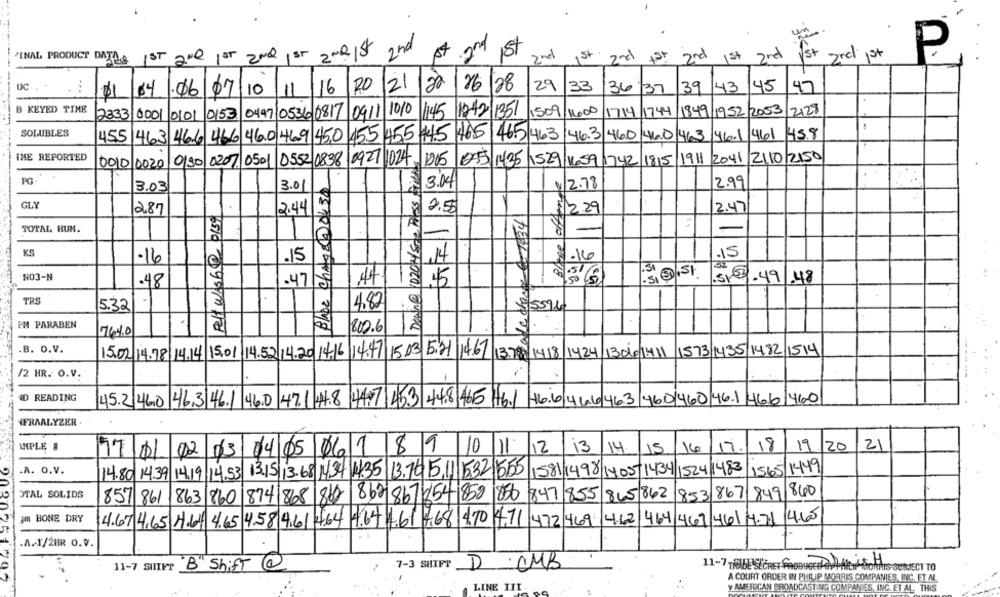
2NR15
1047
2nd
1st
2nd
St
FINAL PRODUCT DATA
ST
1ST
2Nd
sr
2nd
2nd
2nd
1 st
2nd 1st
P
0
UC . .
...
21
20
26
28
29
33
43
45
47
11/04
07
10
11
16
36 /37
39
.06
B KEYED TIME
0447/0536 0817 0911 1010
145
1509
11000
1714 1744
1849
1952/2053
2128
2333
0001
0101
0153
1242/1351
SOLUBLES
455 463 466 466 46.0 469 45,0 455 455 45 465
46.5/463
46.3
46.0 46.0 463 46.1 /411
4.5.8
IME REPORTED
is Down@1020w/sme Press fim
055 1425 1529 1659 742 1815 1911 2041 2110 2150
0010 0020 0130 0207 0501
0552 0838 0927 1024 1005
BLADE Chage@ 0430
PG.
2.99
3.03
3.0
3.04
42.78
GLY
Felt wish@ 0159
2.87
2.44
2.5
1/2.29
2.47
TOTAL HUM.
-
KS
.15
-16
.15
1.14
SIST
NO3-N
.48
.47/5
A4
32 6.49.48
TRS
5.32
4.82
5/55960
PM PARABEN
800.6
7640
.B. O.V.
15.02.14.78 14.14 15.01 14.52 14.20 14,16 14:47 15.03 5.21 14.67
13.78, 1418 1424 13066 1411 1573 1435 1482 1514
/2 HR. O.V.
ID READING
45.2 46.0 46.3 46.1 46.0 47.1 #8 447 453 44,8 465 46./ 16.6 46.6 463 460/460 46.1 46.6 460
FRAALYZER.
IMPLE #
18
19
20
21
0/3 04 05 06 1 89
1011
/12
13
14
15
16
17.
17/01/02
.A. O.V.
1565/1449
14.80 14.39 14.19 14.53 13.15|3.68 14.34 14.35 13.76 5,11 |1532 655
1581/1498 1405-1434 1524 1483
OTAL SOLIDS
853 867/849/840
857 861
863 860 874 868 865 862 867 654 858
850
847 855 865 862
am BONE DRY
4.67 4,65 4.6 4.65 4.58 4.6 4.64 4.64 1.61 7,68 4.70 471 472 469 4.62 464 469 461 4.71 4.60
.A.1/2HR O.V.
11-7 SHIFT
B" Shift @
7-3 SHIFT
D
·CMB
11-7 TRADE SECRET PRODUCED mit H
Y TO
A COURT ORDER IN PHILIP MORRIS COMPANIES, INC. ET AL
LINE III
Y AMERICAN BROADCASTING COMPANIES, INC. ET AL. THIS